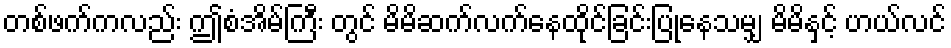
တစ်ဖက်ကလည်း ဤစံအိမ်ကြီး တွင် မိမိဆက်လက်နေထိုင်ခြင်းပြုနေသမျှ မိမိနှင့် ဟယ်လင်